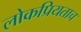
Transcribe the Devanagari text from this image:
लोकप्रियताच